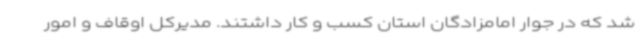
شد که در جوار امامزادگان استان کسب و کار داشتند. مدیرکل اوقاف و امور